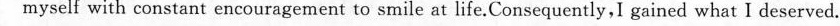
myself with constant encouragement to smile at life.Consequently,I gained what I deserved.